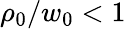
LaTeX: \rho_{0}/w_{0}<1